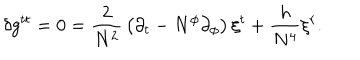
\delta g ^ { t t } = 0 = { \frac { 2 } { N ^ { 2 } } } \left( \partial _ { t } - N ^ { \phi } \partial _ { \phi } \right) \xi ^ { t } + { \frac { h } { N ^ { 4 } } } \xi ^ { r } .